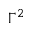
\Gamma ^ { 2 }